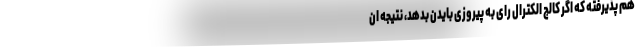
هم پذیرفته که اگر کالج الکترال رای به پیروزی بایدن بدهد، نتیجه ان